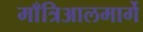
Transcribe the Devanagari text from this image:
माँत्रिआलमार्गे